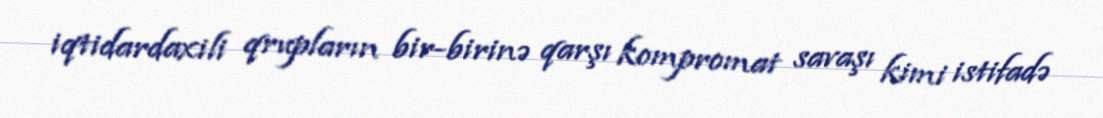
iqtidardaxili qrupların bir-birinə qarşı kompromat savaşı kimi istifadə